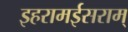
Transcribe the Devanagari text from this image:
इहरामईसराम्